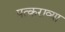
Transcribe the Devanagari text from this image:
पत्कराव्या